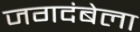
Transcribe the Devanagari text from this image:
जगदंबेला